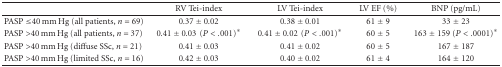
|  | RV Tei-index | LV Tei-index | LV EF (%) | BNP (pg/mL) |
 | --- | --- | --- | --- | --- |
 | PASP ≤40 mm Hg (all patients, n = 69) | 0.37 ± 0.02 | 0.38 ± 0.01 | 61 ± 9 | 33 ± 23 |
 | PASP >40 mm Hg (all patients, n = 37) | 0.41 ± 0.03 (P < .001)* | 0.41 ± 0.02 (P < .001)* | 60 ± 5 | 163 ± 159(P<.0001)* |
 | PASP >40 mm Hg(diffuse SSc, n = 21) | 0.41 ± 0.03 | 0.41 ± 0.02 | 60 ± 5 | 167 ± 187 |
 | PASP >40 mm Hg (limited SSc, n = 16) | 0.42 ± 0.03 | 0.40 ± 0.02 | 61 ± 4 | 164 ± 120 |